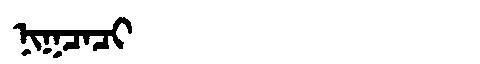
Manchu: ᠨᡳᡴᠴᠠᠴᡳ
Romanization: NIKCACI